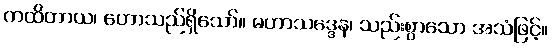
ကထိတာယ၊ ဟောသည်ရှိသော်။ မဟာသဒ္ဒေန၊ သည်းစွာသော အသံဖြင့်။